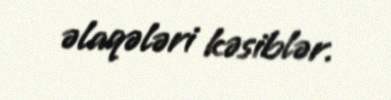
əlaqələri kəsiblər.